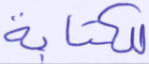
للكتابة